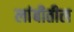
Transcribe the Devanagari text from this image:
लांबीतील